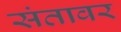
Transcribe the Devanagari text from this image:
संतावर